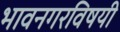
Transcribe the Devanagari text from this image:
भावनगरविषयी